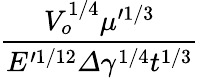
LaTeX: \frac{V_{o}^{1/4}\mu^{\prime 1/3}}{E^{\prime 1/12}\varDelta\gamma^{1/4}t^{1/3}}